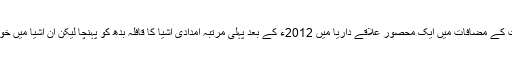
شام کے دارالحکومت کے مضافات میں ایک محصور علاقے داریا میں 2012ء کے بعد پہلی مرتبہ امدادی اشیا کا قافلہ بدھ کو پہنچا لیکن ان اشیا میں خوراک شامل نہیں ہے۔